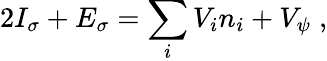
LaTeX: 2I_{\sigma}+E_{\sigma}=\sum_{i}V_{i}n_{i}+V_{\psi}\; ,